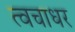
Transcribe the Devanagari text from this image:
त्वचाधर